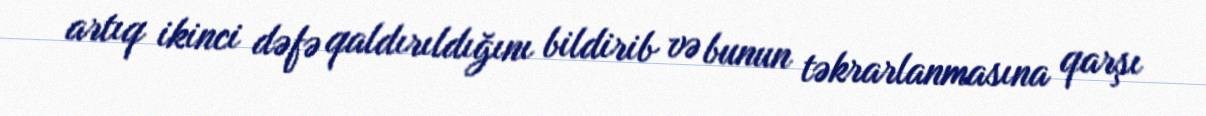
artıq ikinci dəfə qaldırıldığını bildirib və bunun təkrarlanmasına qarşı